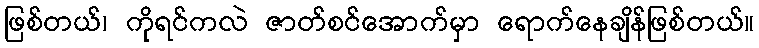
ဖြစ်တယ်၊ ကိုရင်ကလဲ ဇာတ်စင်အောက်မှာ ရောက်နေချိန်ဖြစ်တယ်။